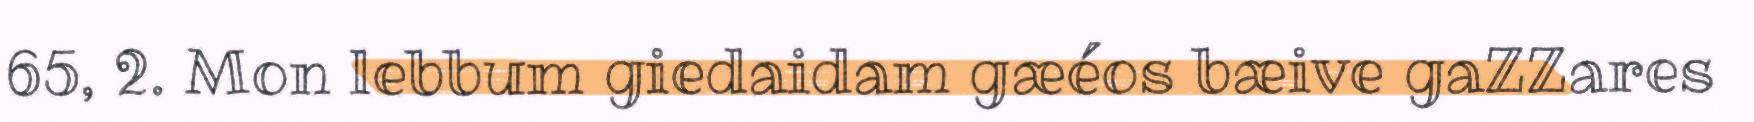
65, 2. Mon lebbum giedaidam gæéos bæive gaZZares